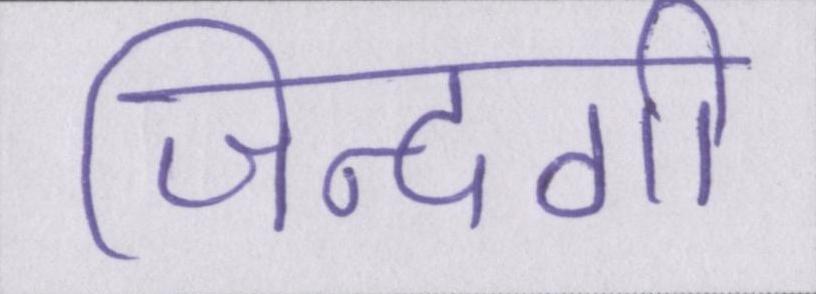
जिन्दगी